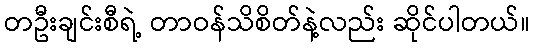
တဦးချင်းစီရဲ့ တာဝန်သိစိတ်နဲ့လည်း ဆိုင်ပါတယ်။